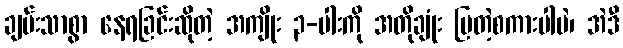
ချမ်းသာစွာ နေရခြင်းဆိုတဲ့ အကျိုး ၃-ပါးကို အတိုချုံး ပြတဲ့စကားပါပဲ၊ အဲဒီ